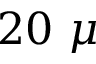
2 0 ~ \mu